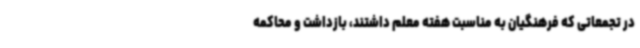
در تجمعاتی که فرهنگیان به مناسبت هفته معلم داشتند، بازداشت و محاکمه